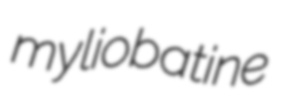
myliobatine